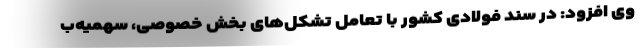
وی افزود: در سند فولادی کشور با تعامل تشکل‌های بخش خصوصی، سهمیه‌ب